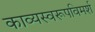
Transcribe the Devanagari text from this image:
काव्यस्वरूपविमर्श